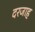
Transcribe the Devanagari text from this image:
दरजाह